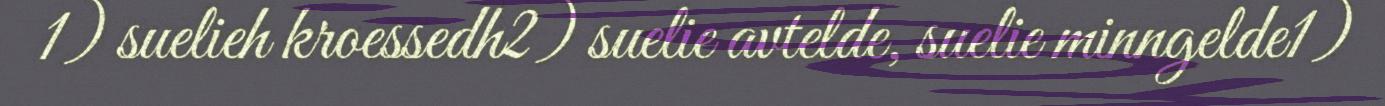
1) suelieh kroessedh2) suelie avtelde, suelie minngelde1)